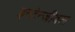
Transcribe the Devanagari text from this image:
इन्टेन्जीबल